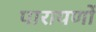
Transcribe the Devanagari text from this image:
पारायणों